65_HS1-834228961_62-HQ-83894_Section_6
Agency: FBI
Page 70
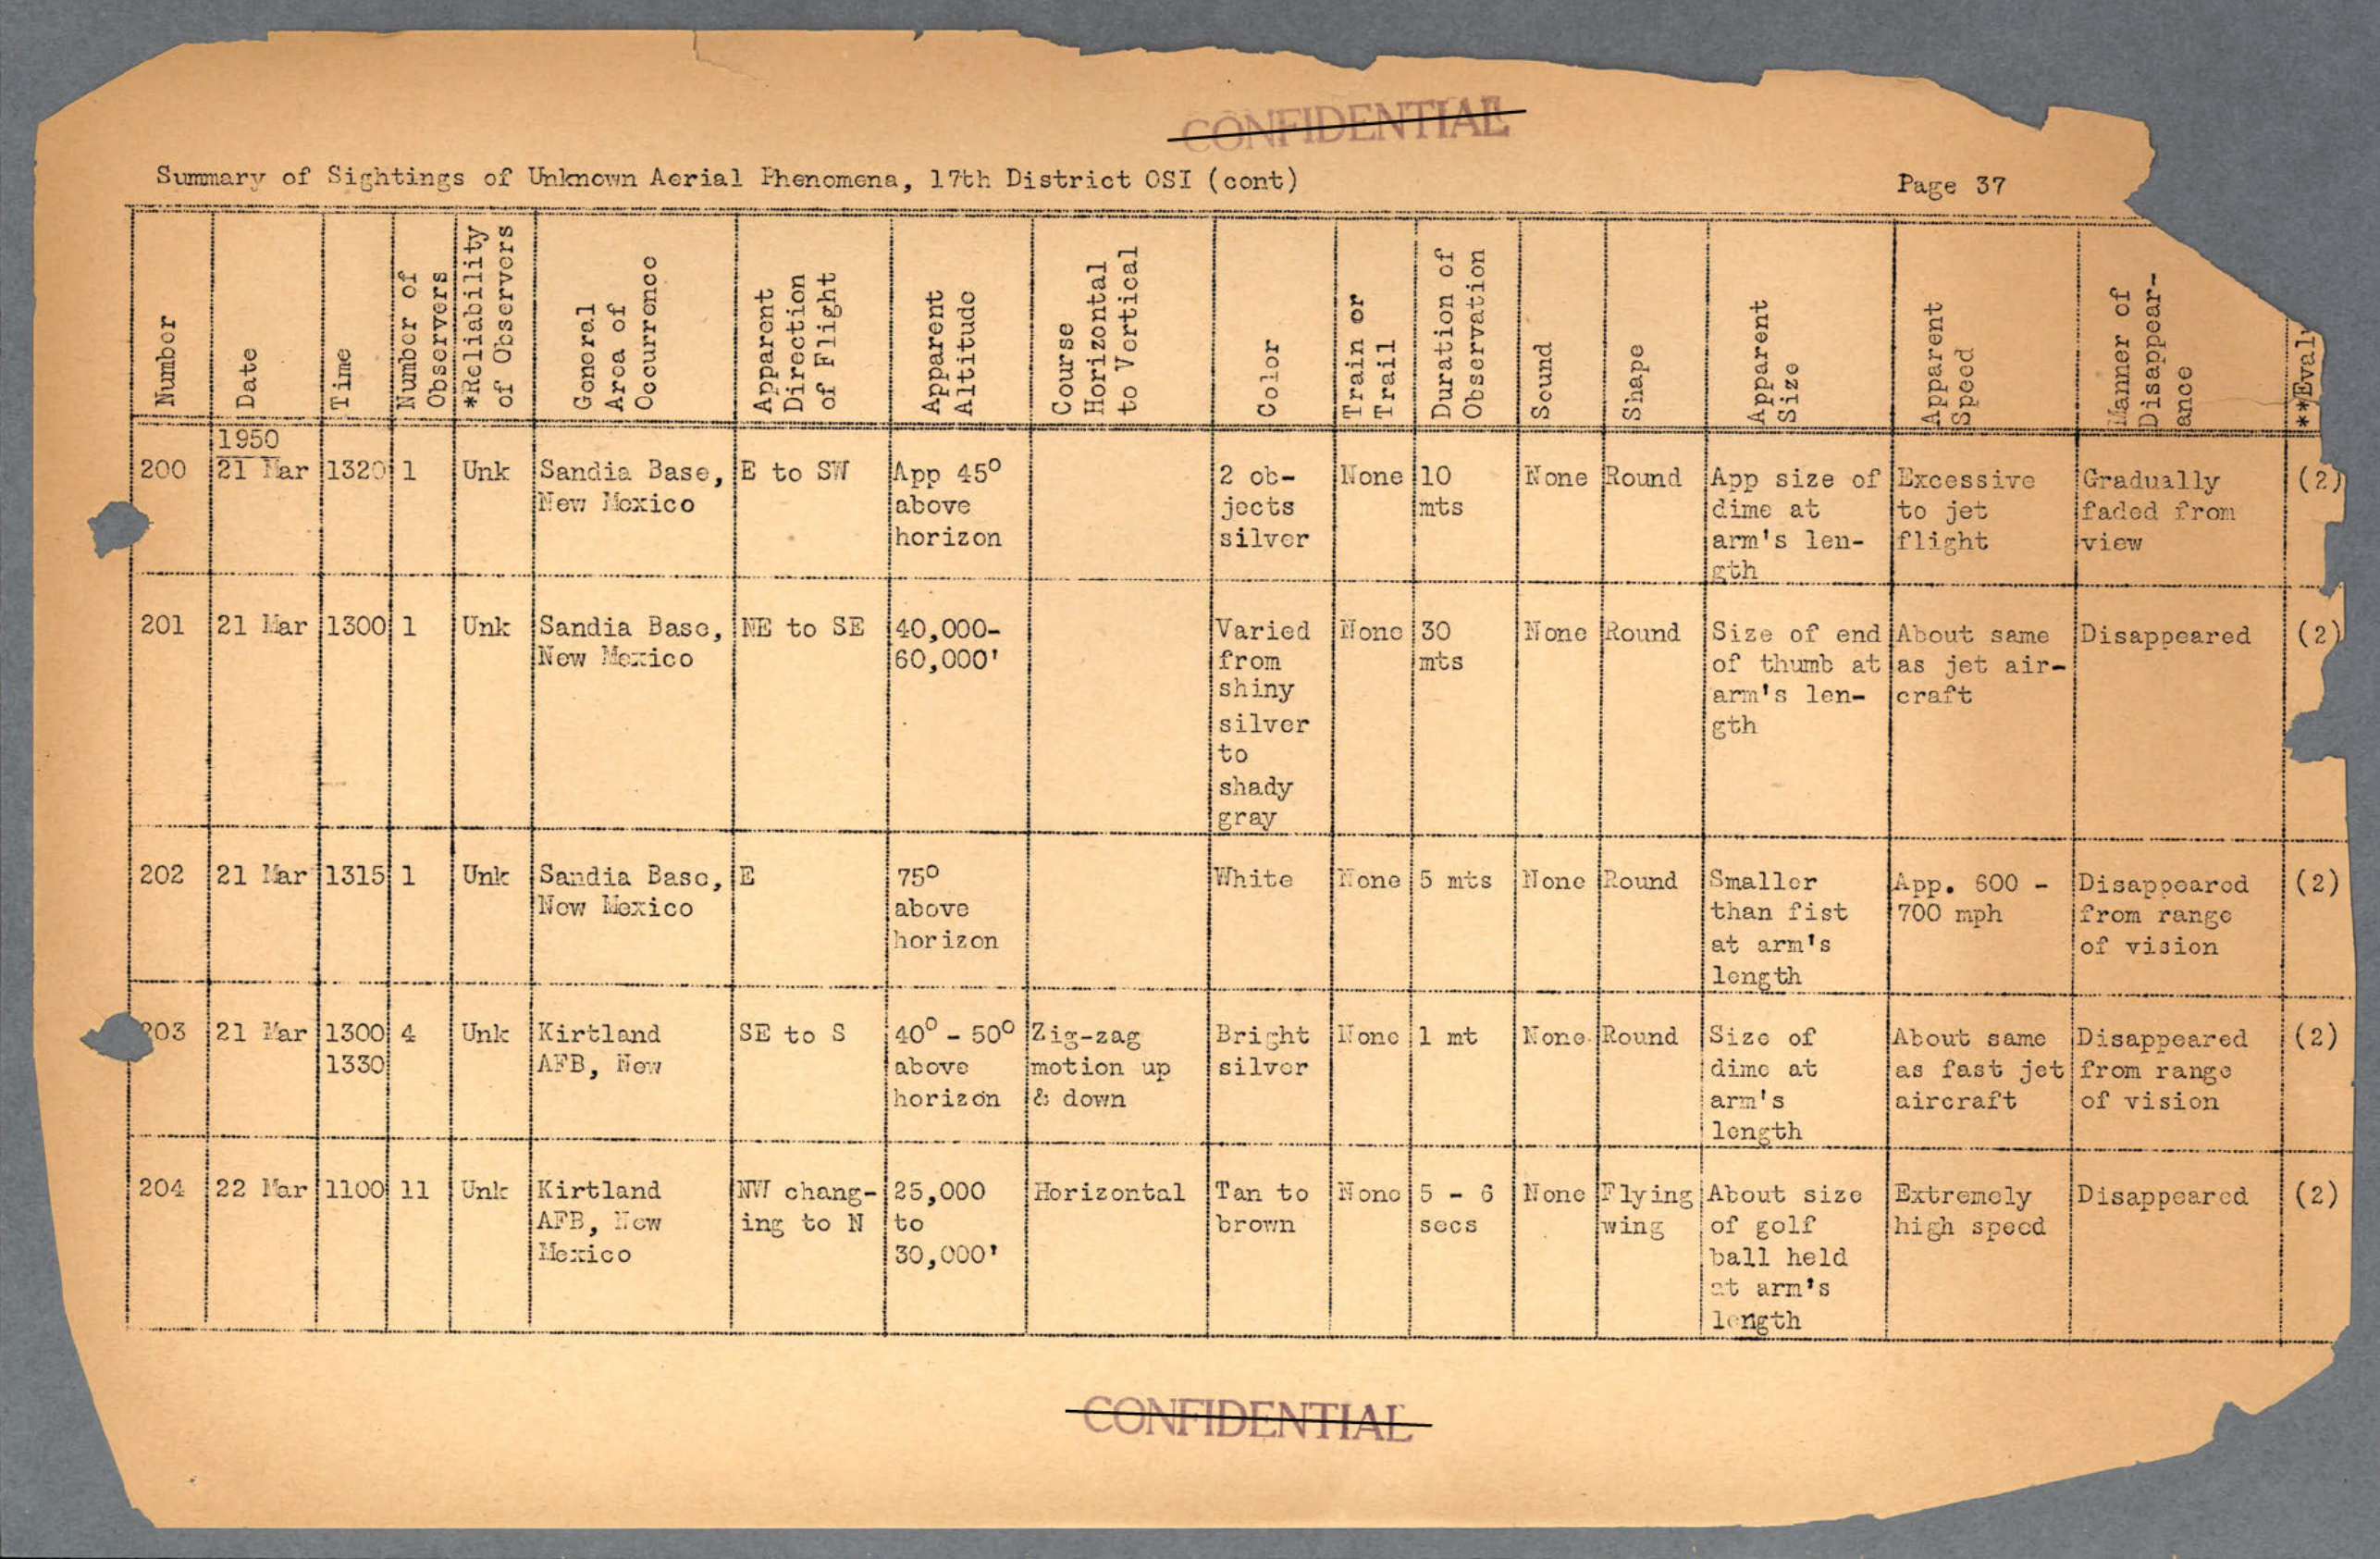